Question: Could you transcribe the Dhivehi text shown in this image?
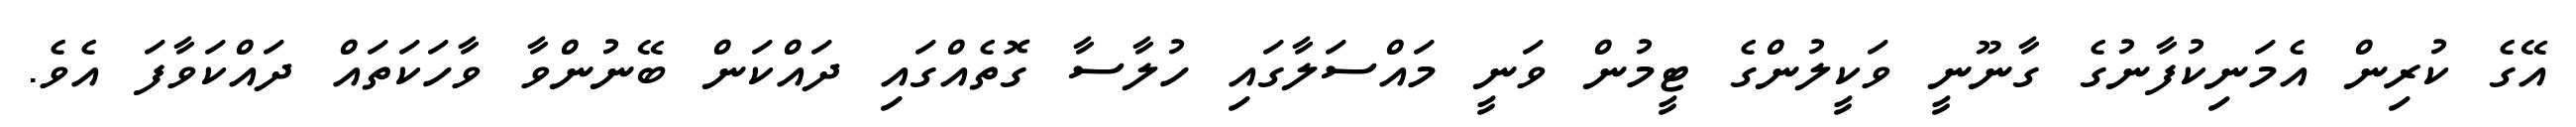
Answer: އޭގެ ކުރިން އެމަނިކުފާނުގެ ގާނޫނީ ވަކީލުންގެ ޓީމުން ވަނީ މައްސަލާގައި ހުލާސާ ގޮތެއްގައި ދައްކަން ބޭނުންވާ ވާހަކަތައް ދައްކަވާފަ އެވެ.